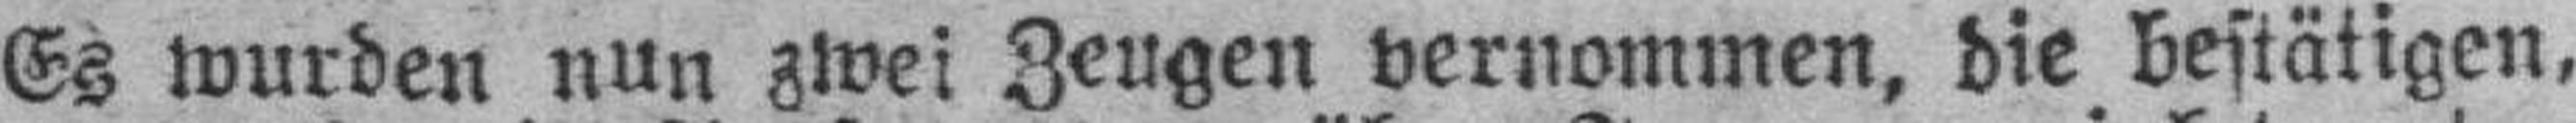
Es wurden nun zwei Zeugen vernommen, die bestätigen,